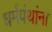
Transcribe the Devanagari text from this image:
धर्मपंथांना